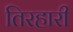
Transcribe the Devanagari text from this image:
तिरहारी